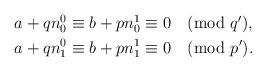
LaTeX: \begin{align*}\begin{aligned}a+qn_0^0 &\equiv b + pn_0^1 \equiv 0 \pmod{q'}, \\a+qn_1^0 &\equiv b + pn_1^1 \equiv 0 \pmod{p'}. \end{aligned}\end{align*}